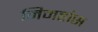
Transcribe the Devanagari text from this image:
निमहांस